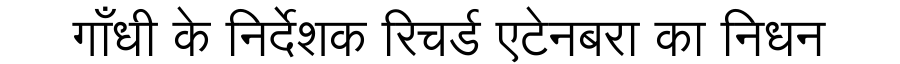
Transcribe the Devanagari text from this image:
गाँधी के निर्देशक रिचर्ड एटेनबरा का निधन